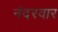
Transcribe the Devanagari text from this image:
नंदरवार